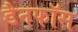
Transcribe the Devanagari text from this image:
डैनफॉस